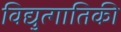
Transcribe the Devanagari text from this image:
विद्युत्गातिकी